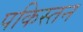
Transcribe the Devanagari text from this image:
पकिस्तन